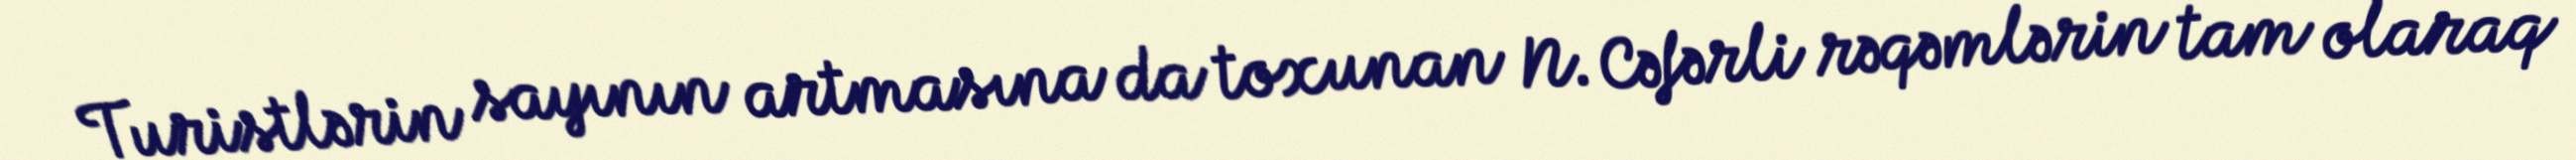
Turistlərin sayının artmasına da toxunan N. Cəfərli rəqəmlərin tam olaraq